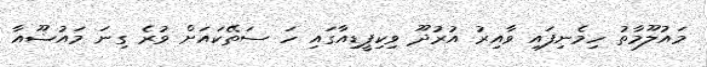
މައުލޫމާތު ހިމެނިފައި ވާއިރު އުރުދޫ ވިކިޕީޑިއާގައި ހަ ސަތޭކައަށް ވުރެ ގިނަ މައުޟޫއާ